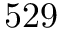
5 2 9